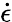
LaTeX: \dot{\epsilon}